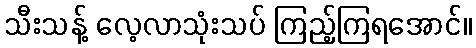
သီးသန့် လေ့လာသုံးသပ် ကြည့်ကြရအောင်။